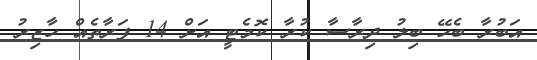
އަބުރާ ބެހޭ ބިލު ދިރާސާ ކުރާ ކޮމެޓީ އަށް 14 ފަރާތެއް ހާޒިރު